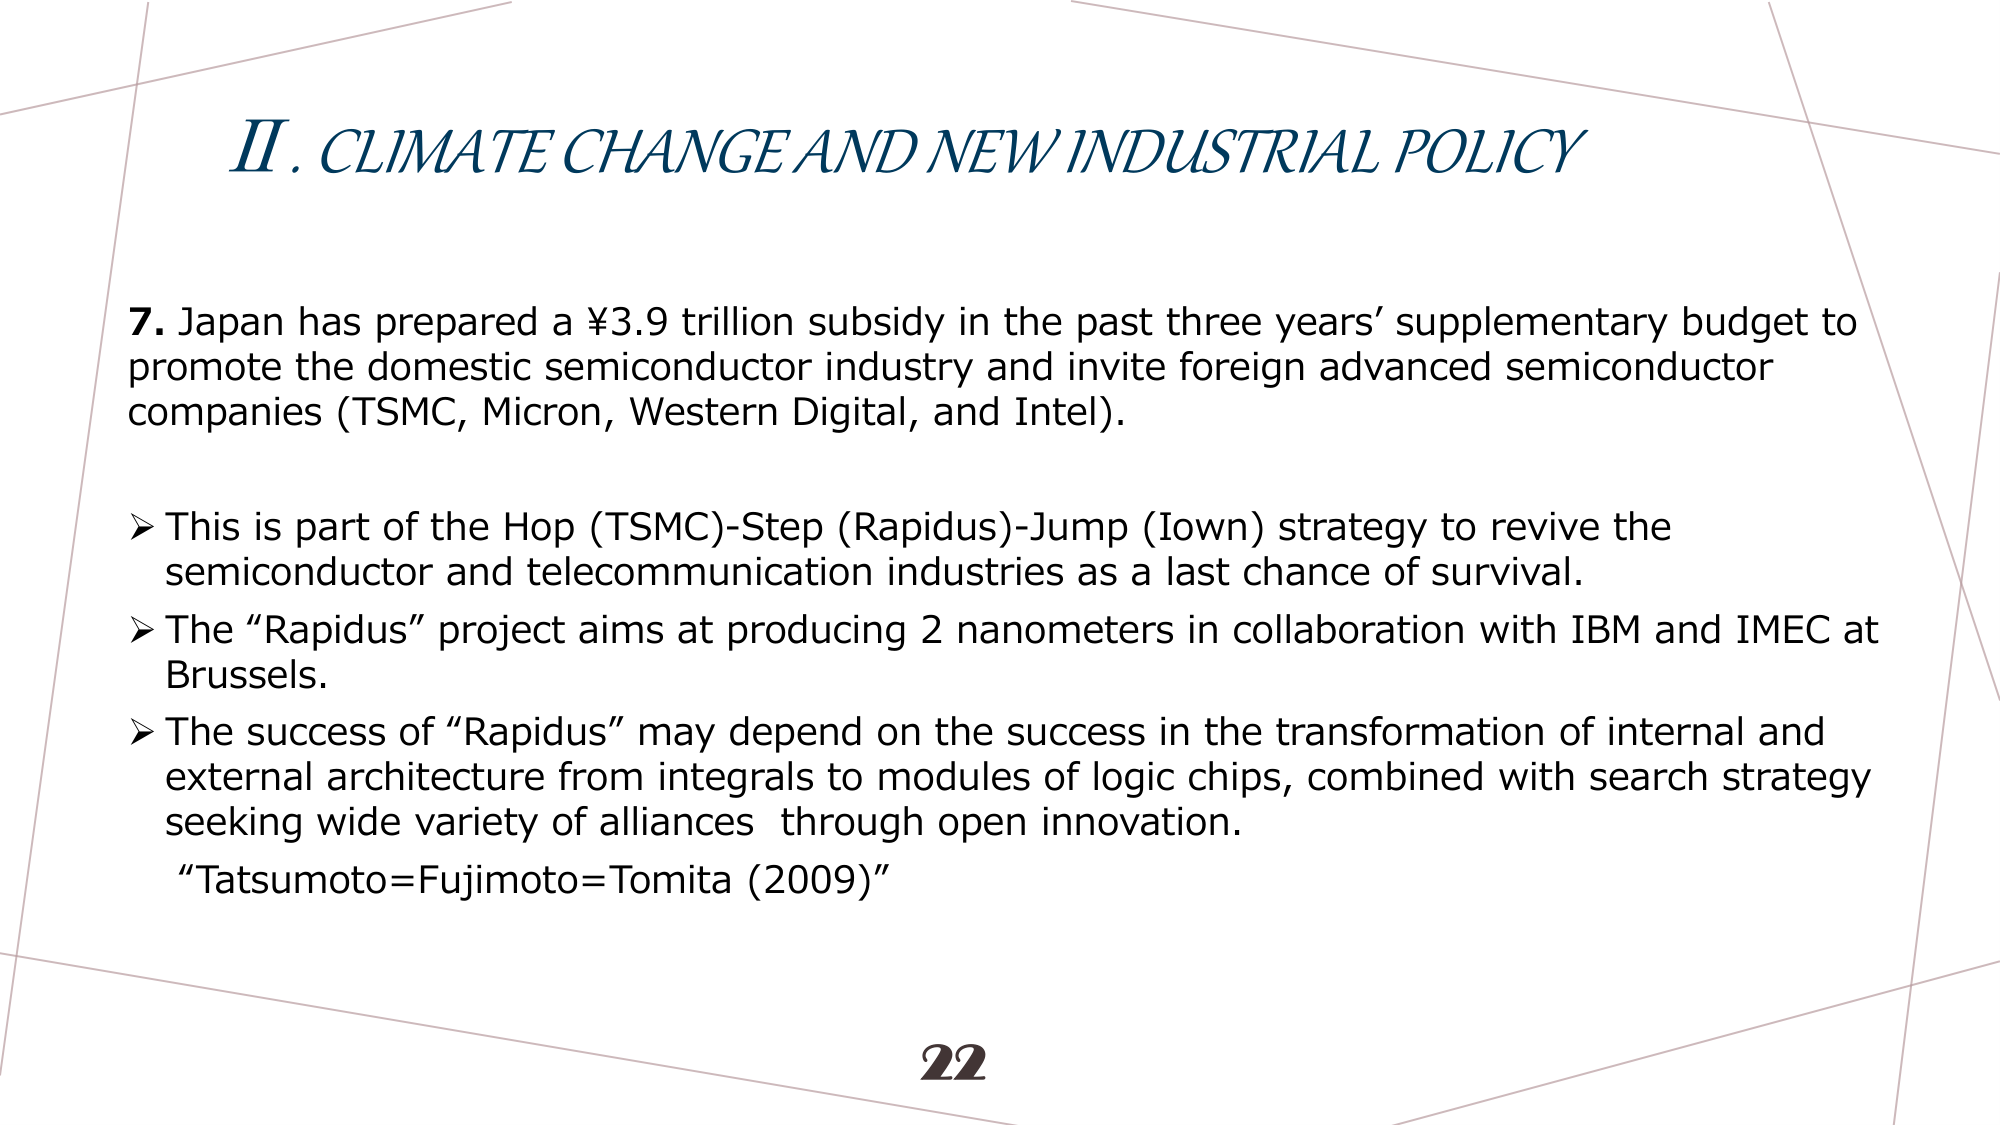
II. CLIMATE CHANGE AND NEW INDUSTRIAL POLICY

7. Japan has prepared a ¥3.9 trillion subsidy in the past three years’ supplementary budget to promote the domestic semiconductor industry and invite foreign advanced semiconductor companies (TSMC, Micron, Western Digital, and Intel).

➤ This is part of the Hop (TSMC)-Step (Rapidus)-Jump (Iown) strategy to revive the semiconductor and telecommunication industries as a last chance of survival.

➤ The “Rapidus” project aims at producing 2 nanometers in collaboration with IBM and IMEC at Brussels.

➤ The success of “Rapidus” may depend on the success in the transformation of internal and external architecture from integrals to modules of logic chips, combined with search strategy seeking wide variety of alliances through open innovation.

“Tatsumoto=Fujimoto=Tomita (2009)”

22